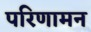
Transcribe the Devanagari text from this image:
परिणामन